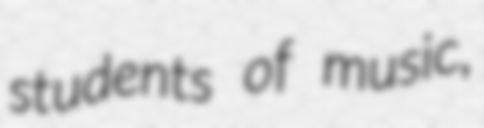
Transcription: students of music,